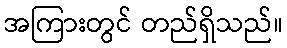
အကြားတွင် တည်ရှိသည်။